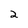
Character: 2